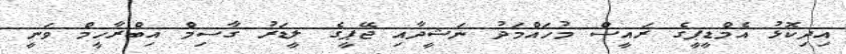
އިދިކޮޅު އެމްޑީޕީގެ ރައީސް މުހައްމަދު ނަޝީދާއި ޖޭޕީގެ ލީޑަރު ގާސިމް އިބްރާހީމް ވަނީ